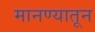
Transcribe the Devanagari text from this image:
मानण्यातून